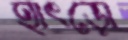
হাৎড়ো